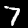
Digit: 7